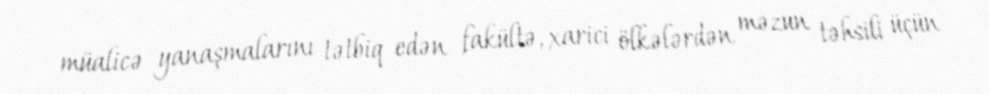
müalicə yanaşmalarını tətbiq edən fakültə, xarici ölkələrdən məzun təhsili üçün